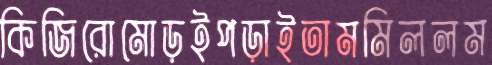
কিজিরোমোড়ইপড়াইতামমিললম